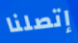
إتصلنا